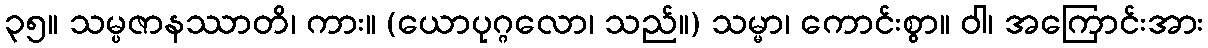
၃၅။ သမ္ပဇာနဿာတိ၊ ကား။ (ယောပုဂ္ဂလော၊ သည်။) သမ္မာ၊ ကောင်းစွာ။ ဝါ၊ အကြောင်းအား